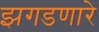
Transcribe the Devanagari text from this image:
झगडणारे